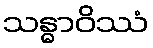
သန္ဓာဝိဿံ